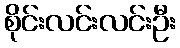
စိုင်းလင်းလင်းဦး